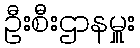
ဦးစီးဌာနမှူး